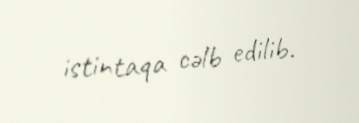
istintaqa cəlb edilib.